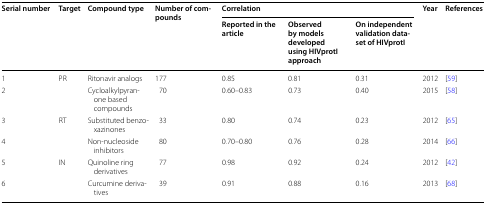
<table><thead><tr><td rowspan="2"><b>Serial number</b></td><td rowspan="2"><b>Target</b></td><td rowspan="2"><b>Compound type</b></td><td rowspan="2"><b>Number of compounds</b></td><td colspan="3"><b>Correlation</b></td><td rowspan="2"><b>Year</b></td><td rowspan="2"><b>References</b></td></tr><tr><td><b>Reported in the article</b></td><td><b>Observed by models developed using HIVprotI approach</b></td><td><b>On independent validation dataset of HIVprotI</b></td></tr></thead><tbody><tr><td>1</td><td rowspan="2">PR</td><td>Ritonavir analogs</td><td>177</td><td>0.85</td><td>0.81</td><td>0.31</td><td>2012</td><td>[59]</td></tr><tr><td>2</td><td>Cycloalkylpyran-one based compounds</td><td>70</td><td>0.60–0.83</td><td>0.73</td><td>0.40</td><td>2015</td><td>[58]</td></tr><tr><td>3</td><td rowspan="2">RT</td><td>Substituted benzoxazinones</td><td>33</td><td>0.80</td><td>0.74</td><td>0.23</td><td>2012</td><td>[65]</td></tr><tr><td>4</td><td>Non-nucleoside inhibitors</td><td>80</td><td>0.70–0.80</td><td>0.76</td><td>0.28</td><td>2014</td><td>[66]</td></tr><tr><td>5</td><td rowspan="2">IN</td><td>Quinoline ring derivatives</td><td>77</td><td>0.98</td><td>0.92</td><td>0.24</td><td>2012</td><td>[42]</td></tr><tr><td>6</td><td>Curcumine derivatives</td><td>39</td><td>0.91</td><td>0.88</td><td>0.16</td><td>2013</td><td>[68]</td></tr></tbody></table>